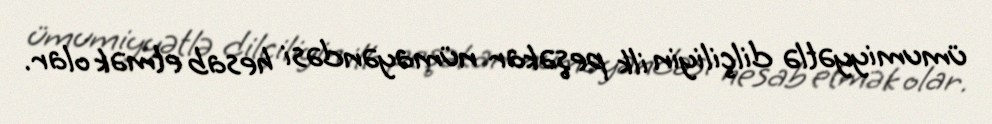
ümumiyyətlə dilçiliyin ilk peşəkar nümayəndəsi hesab etmək olar.